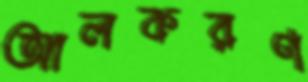
আলকরণ